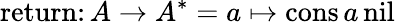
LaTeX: {\mathrm{return}}\colon A\to A^{*}=a\mapsto{\mathrm{cons}}\, a\, {\mathrm{nil}}